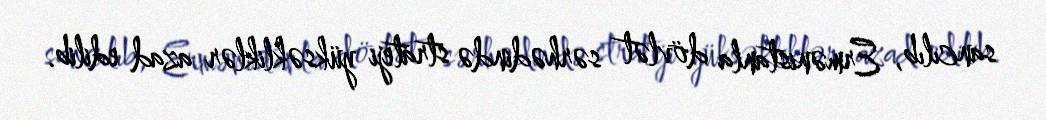
sancılıb, Ermənistanla dövlət sərhədində strateji yüksəkliklər azad edilib.